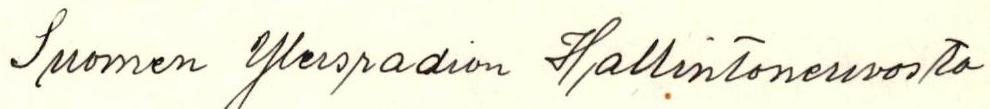
Suomen Yleisradion Hallintoneuvosto